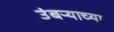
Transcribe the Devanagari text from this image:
उंबऱ्याच्या